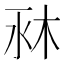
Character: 𣐫